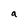
Character: a